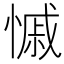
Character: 慽